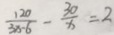
\frac { 1 2 0 } { 3 x - 6 } - \frac { 3 0 } { x } = 2